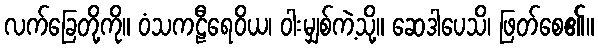
လက်ခြေတို့ကို။ ဝံသကဠီရေဝိယ၊ ဝါးမျှစ်ကဲ့သို့။ ဆေဒါပေသိ၊ ဖြတ်စေ၏။